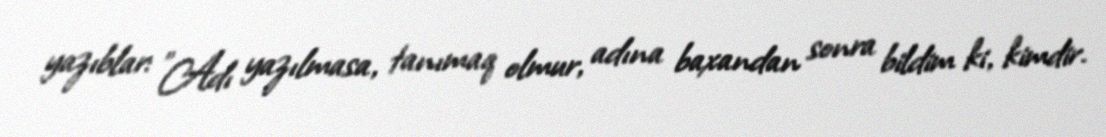
yazıblar: "Adı yazılmasa, tanımaq olmur, adına baxandan sonra bildim ki, kimdir.